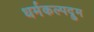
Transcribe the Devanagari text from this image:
धर्मकल्पद्रुम